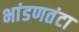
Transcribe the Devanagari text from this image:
भांडणतंटा